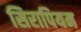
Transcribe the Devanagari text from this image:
सिरापियम